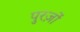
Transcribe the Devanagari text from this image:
पुरज़ों